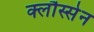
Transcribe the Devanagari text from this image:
क्लौस्सेन